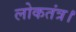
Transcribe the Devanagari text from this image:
लोकतंत्र।